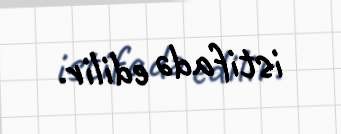
istifadə edilir.